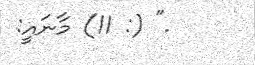
." (: 11) މާނައީ: